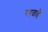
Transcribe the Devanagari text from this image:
रहताहै